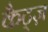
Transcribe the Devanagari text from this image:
कैट्ज़